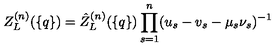
Z _ { L } ^ { ( n ) } ( \{ q \} ) = \hat { Z } _ { L } ^ { ( n ) } ( \{ q \} ) \prod _ { s = 1 } ^ { n } ( u _ { s } - v _ { s } - \mu _ { s } \nu _ { s } ) ^ { - 1 }